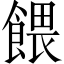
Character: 餵